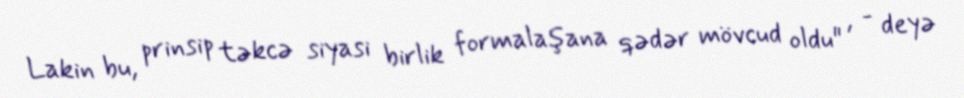
Lakin bu, prinsip təkcə siyasi birlik formalaşana qədər mövcud oldu" , - deyə